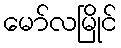
မော်လမြိုင်